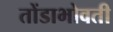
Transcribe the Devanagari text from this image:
तोंडाभोवती